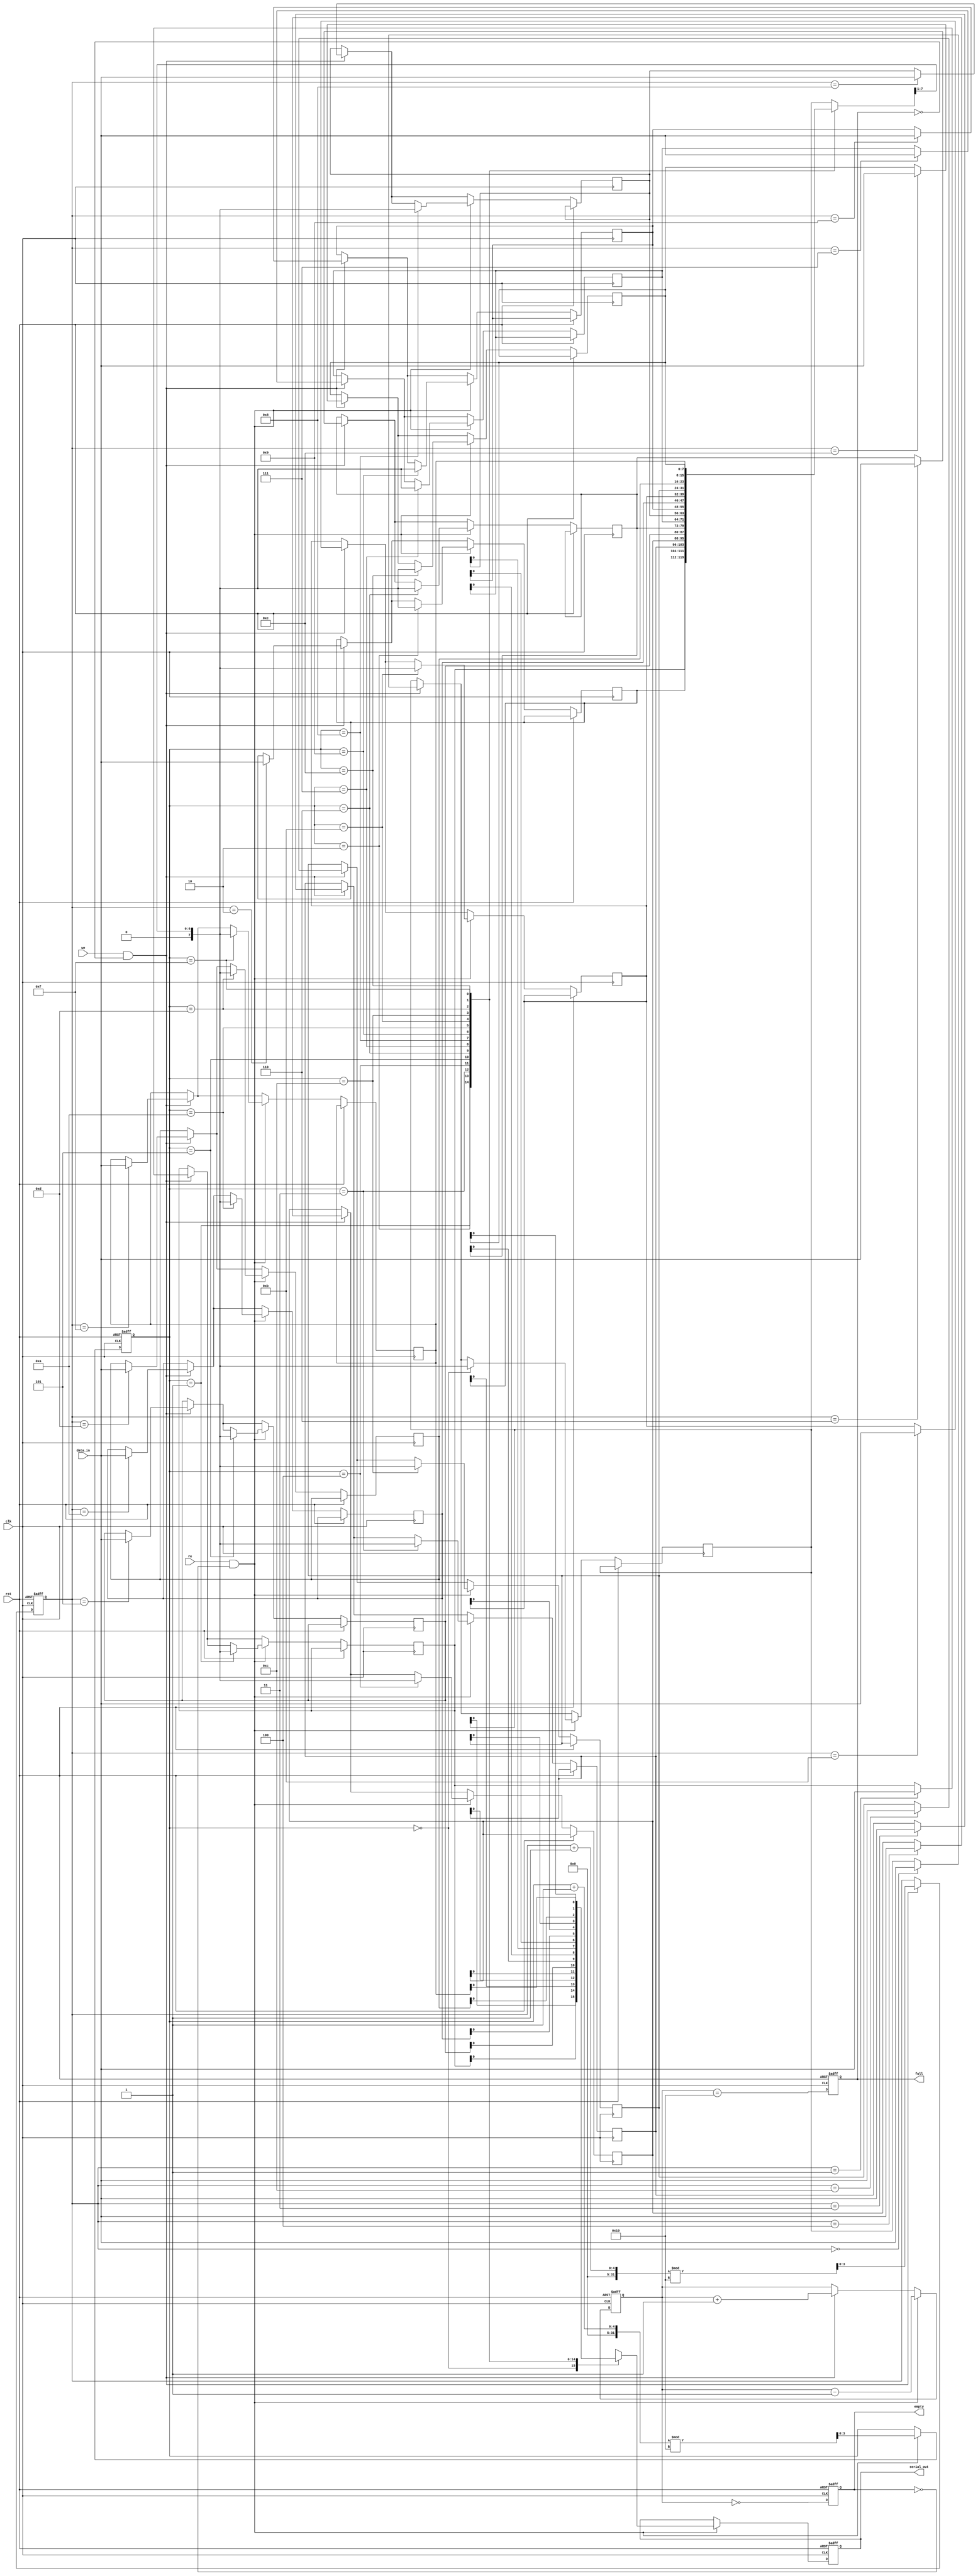
module fifo_piso #(
    parameter N = 8,        // Data width
    parameter DEPTH = 16    // FIFO depth
) (
    input wire clk,         // Clock
    input wire rst,         // Reset
    input wire we,          // Write Enable
    input wire re,          // Read Enable
    input wire [N-1:0] data_in, // Parallel input data
    output reg serial_out,   // Serial output data
    output reg full,         // FIFO full flag
    output reg empty         // FIFO empty flag
);

    reg [N-1:0] fifo_mem [0:DEPTH-1]; // FIFO storage memory
    reg [$clog2(DEPTH)-1:0] write_ptr; // Write pointer
    reg [$clog2(DEPTH)-1:0] read_ptr;  // Read pointer
    reg [$clog2(DEPTH+1)-1:0] count;    // Count of elements in FIFO

    // Asynchronous reset and initialization
    always @(posedge clk or posedge rst) begin
        if (rst) begin
            write_ptr <= 0;
            read_ptr <= 0;
            count <= 0;
            full <= 0;
            empty <= 1;
            serial_out <= 0;
        end else begin
            // Write operation
            if (we && !full) begin
                fifo_mem[write_ptr] <= data_in;
                write_ptr <= (write_ptr + 1) % DEPTH;
                count <= count + 1;
            end

            // Read operation
            if (re && !empty) begin
                serial_out <= fifo_mem[read_ptr][0]; // Output the least significant bit
                fifo_mem[read_ptr] <= {1'b0, fifo_mem[read_ptr][N-1:1]}; // Shift left
                if (fifo_mem[read_ptr] == 0) begin
                    empty <= 1; // If the data is zero, it means it's empty
                end
                read_ptr <= (read_ptr + 1) % DEPTH;
                count <= count - 1;
            end
            
            // Update full and empty flags
            full <= (count == DEPTH);
            empty <= (count == 0);
        end
    end

endmodule